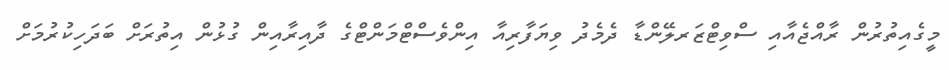
މީގެއިތުރުން ރާއްޖެއާއި ސްވިޓްޒަރލޭންޑާ ދެމެދު ވިޔަފާރިއާ އިންވެސްޓްމަންޓްގެ ދާއިރާއިން ގުޅުން އިތުރަށް ބަދަހިކުރުމަށް